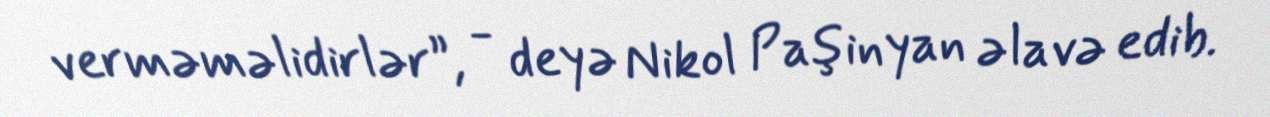
verməməlidirlər”, - deyə Nikol Paşinyan əlavə edib.